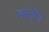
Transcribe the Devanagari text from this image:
डालूॅगा